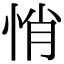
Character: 悄